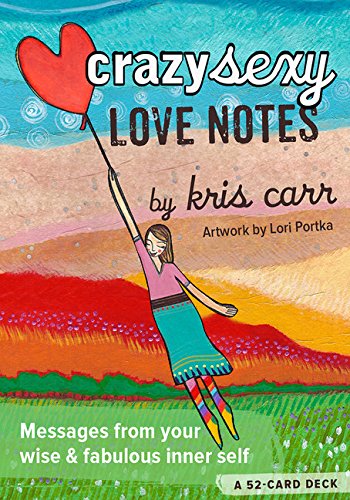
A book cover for Crazy Sexy Love Notes: A 52-Card Deck; Kris Carr; Self-Help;